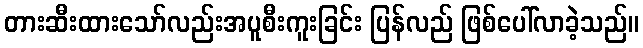
တားဆီးထားသော်လည်းအပူစီးကူးခြင်း ပြန်လည် ဖြစ်ပေါ်လာခဲ့သည်။